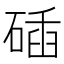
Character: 𥓾